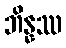
ဘိန္နဿ